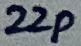
Text: 22p